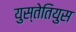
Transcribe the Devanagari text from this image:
युस्तेतियुस